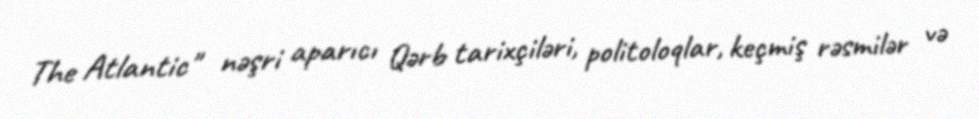
The Atlantic" nəşri aparıcı Qərb tarixçiləri, politoloqlar, keçmiş rəsmilər və